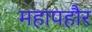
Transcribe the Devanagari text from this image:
महापहौर